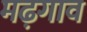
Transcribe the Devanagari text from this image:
मढ़गाव